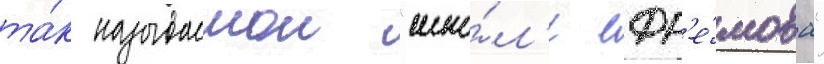
та́к называемои "шко́л'е ефр'е́мова"